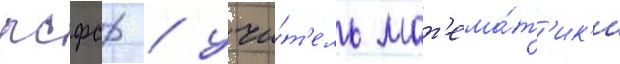
рсфср / учи́т'ель мат'ема́т'ик'и